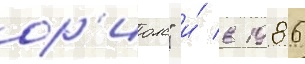
ор'иолс" и́ в 1986